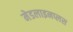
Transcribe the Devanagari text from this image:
मेडलाइनप्लस